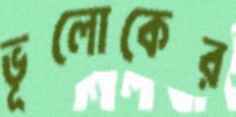
ভূলোকের